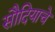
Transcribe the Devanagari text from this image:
सौदियाचे